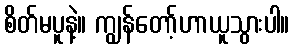
စိတ်မပူနဲ့။ ကျွန်တော့်ဟာယူသွားပါ။